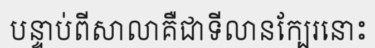
បន្ទាប់ពីសាលាគឺជាទីលានក្បែរនោះ